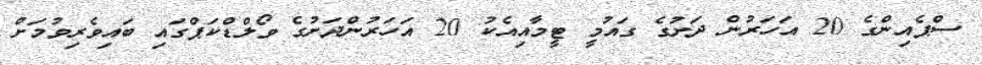
ސްޕެއިންގެ 20 އަހަރުން ދަށުގެ ގައުމީ ޓީމާއިއެކު 20 އަހަރުންދަށުގެ ވޯލްޑްކަޕްގައި ބައިވެރިވުމަށް